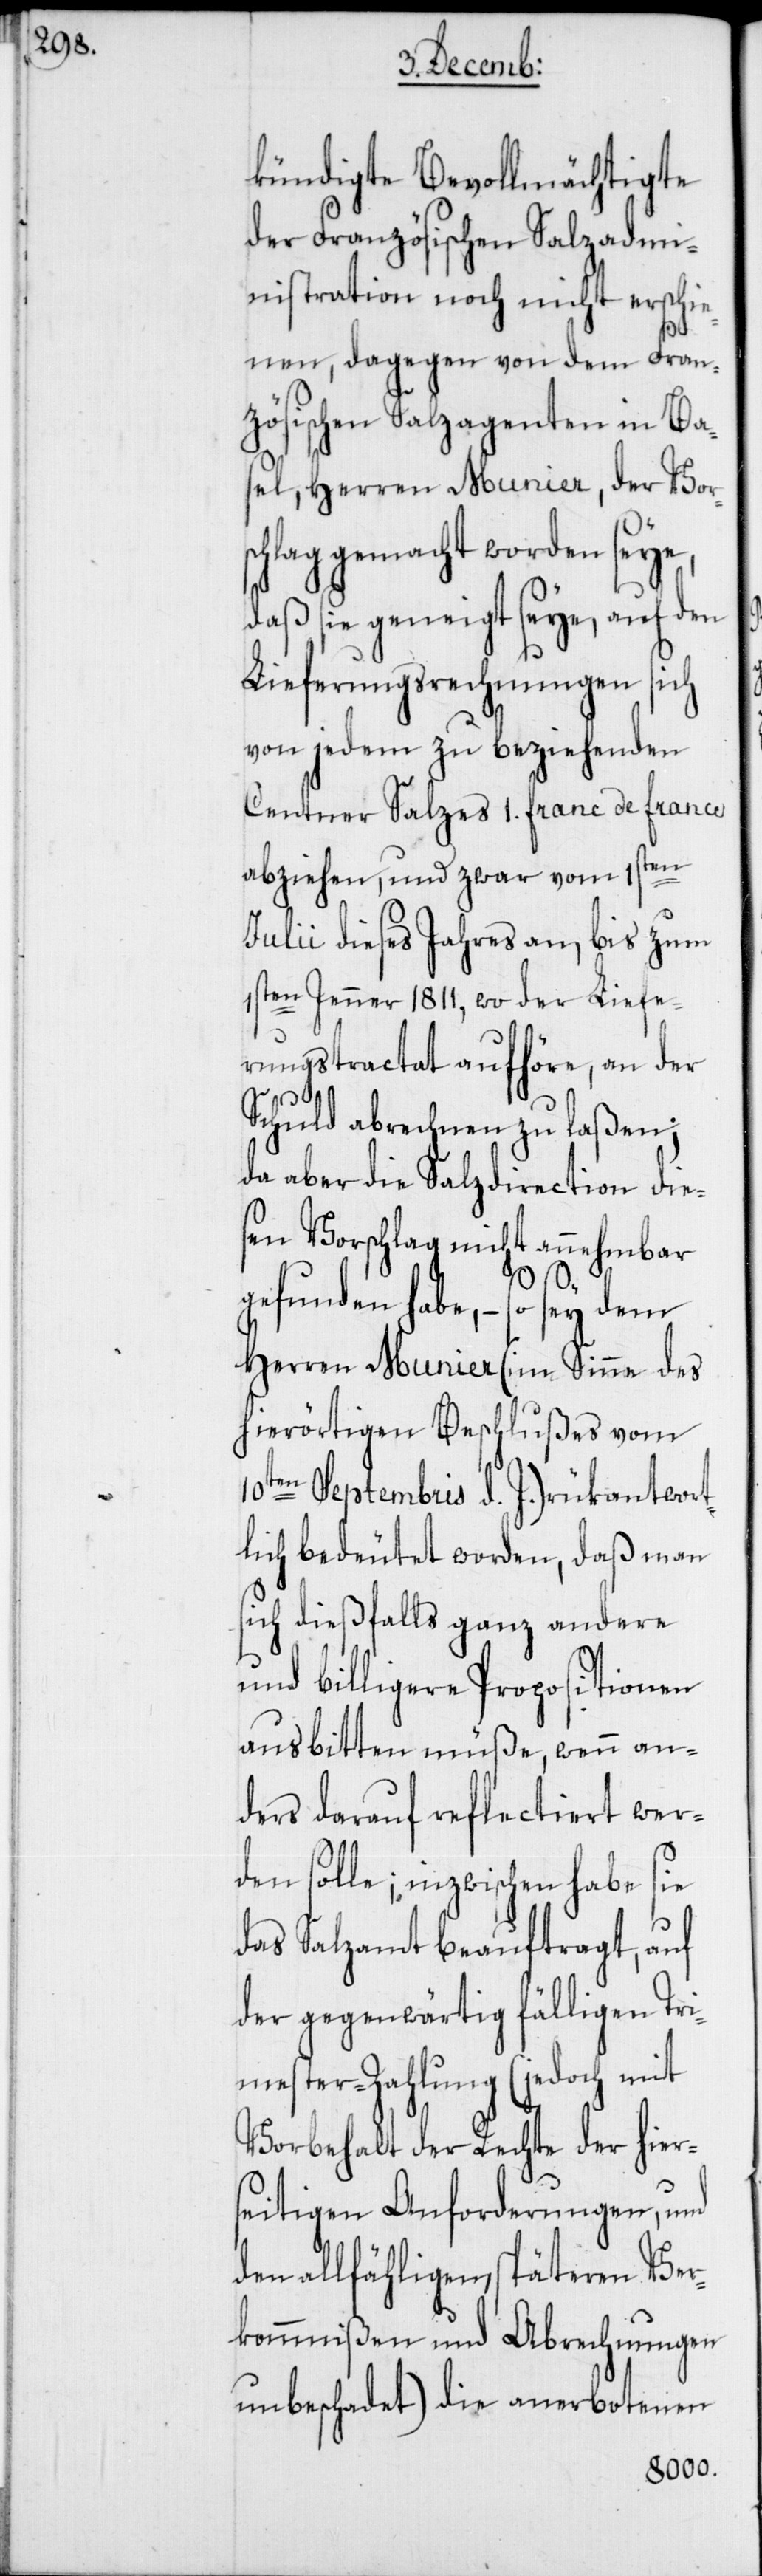
kündigte Bevollmächtigte
der Französischen Salzadmi¬
nistration noch nicht erschie¬
nen, dagegen von dem Fran¬
zösischen Salzagenten in Ba¬
sel, Herren Munier, der Vor¬
schlag gemacht worden seye,
daß sie geneigt seye, auf den
Lieferungsrechnungen sich
von jedem zu beziehenden
Centner Salzes 1 franc de france
abziehen, und zwar vom 1sten
Julii dieses Jahres an, bis zum
1sten Jenner 1811, wo der Liefe¬
rungstractat aufhöre, an der
Schuld abrechnen zu laßen;
da aber die Salzdirection dies¬
en Vorschlag nicht annehmbar
gefunden habe, – so sey dem
Herren Munier (im Sinne des
hierörtigen Beschlußes vom
10ten Septembris d. J.) rükantwort¬
lich bedeutet worden, daß man
sich dießfalls ganz andere
und billigere Propositionen
ausbitten müße, wenn an¬
ders darauf reflectiert wer¬
den solle; inzwischen habe sie
das Salzamt beauftragt, auf
der gegenwärtig fälligen Tri¬
mester-Zahlung (jedoch mit
Vorbehalt der Rechte der hier¬
seitigen Anforderungen, und
den allfähligen späteren Ver¬
kommnißen und Abrechnungen
unbeschadet) die anerbotenen